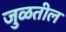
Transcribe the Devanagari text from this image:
जुळतील